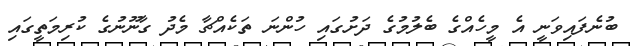
ބުނެފައިވަނީ އެ މީހެއްގެ ބެލުމުގެ ދަށުގައި ހުންނަ ތަކެއްޗާ މެދު ގާނޫނުގެ ކުރިމަތީގައި